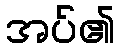
အပ်၏